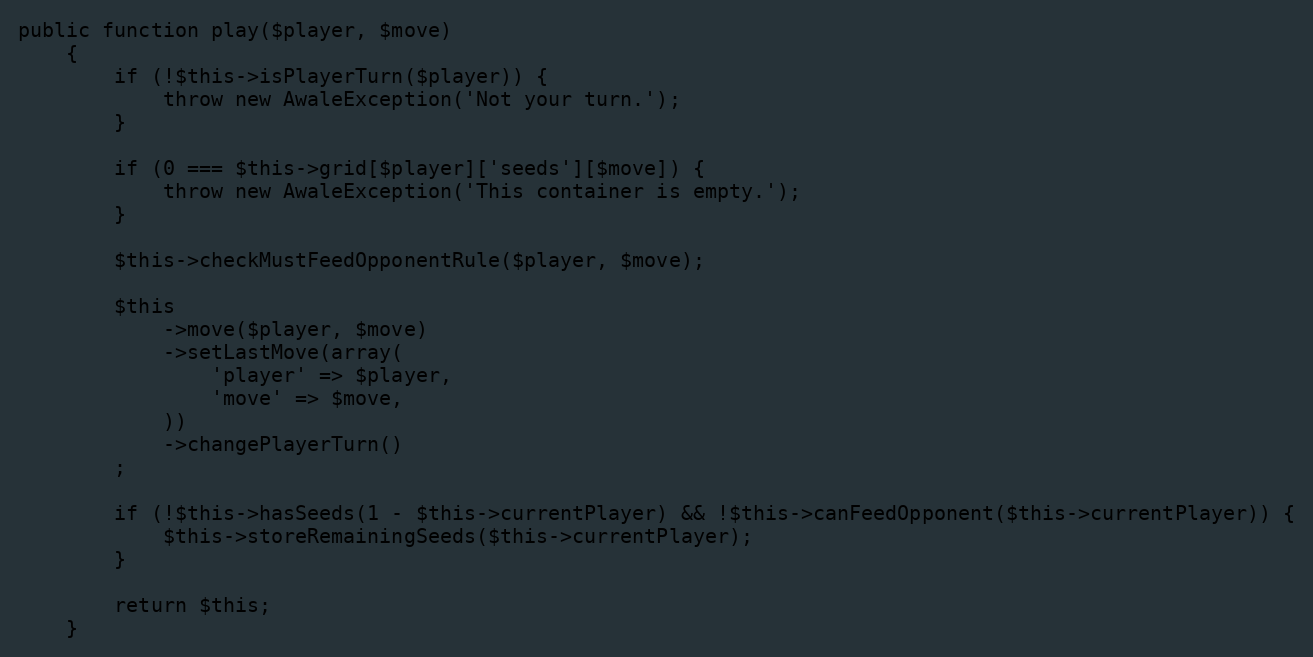
Language: PHP
public function play($player, $move)
    {
        if (!$this->isPlayerTurn($player)) {
            throw new AwaleException('Not your turn.');
        }

        if (0 === $this->grid[$player]['seeds'][$move]) {
            throw new AwaleException('This container is empty.');
        }

        $this->checkMustFeedOpponentRule($player, $move);

        $this
            ->move($player, $move)
            ->setLastMove(array(
                'player' => $player,
                'move' => $move,
            ))
            ->changePlayerTurn()
        ;

        if (!$this->hasSeeds(1 - $this->currentPlayer) && !$this->canFeedOpponent($this->currentPlayer)) {
            $this->storeRemainingSeeds($this->currentPlayer);
        }

        return $this;
    }